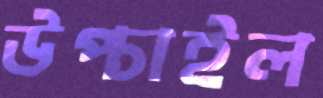
উপ্‌চাইল